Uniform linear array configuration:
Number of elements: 16
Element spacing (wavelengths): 0.5
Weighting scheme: hann
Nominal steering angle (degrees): -15
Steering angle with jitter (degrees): -13.686
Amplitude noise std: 0.05
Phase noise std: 0.05

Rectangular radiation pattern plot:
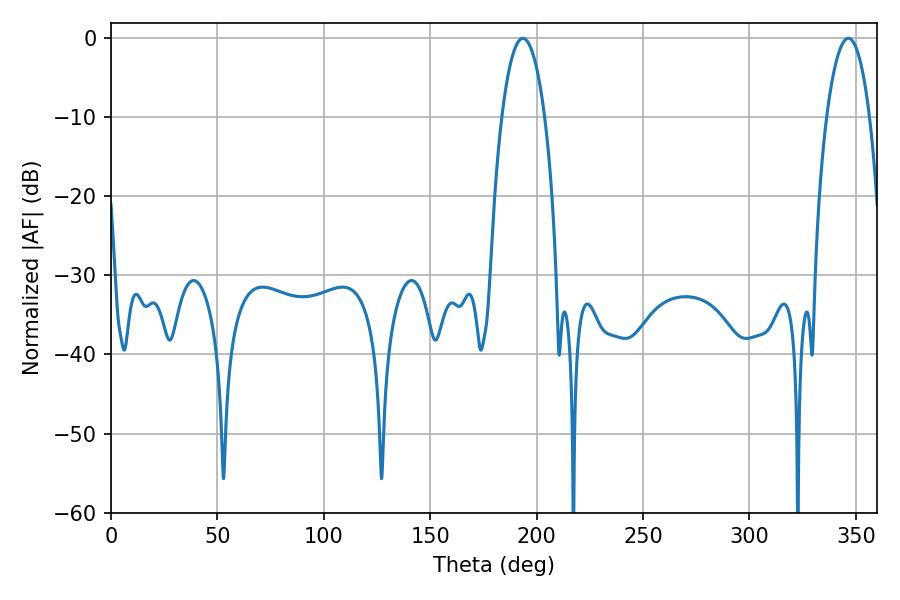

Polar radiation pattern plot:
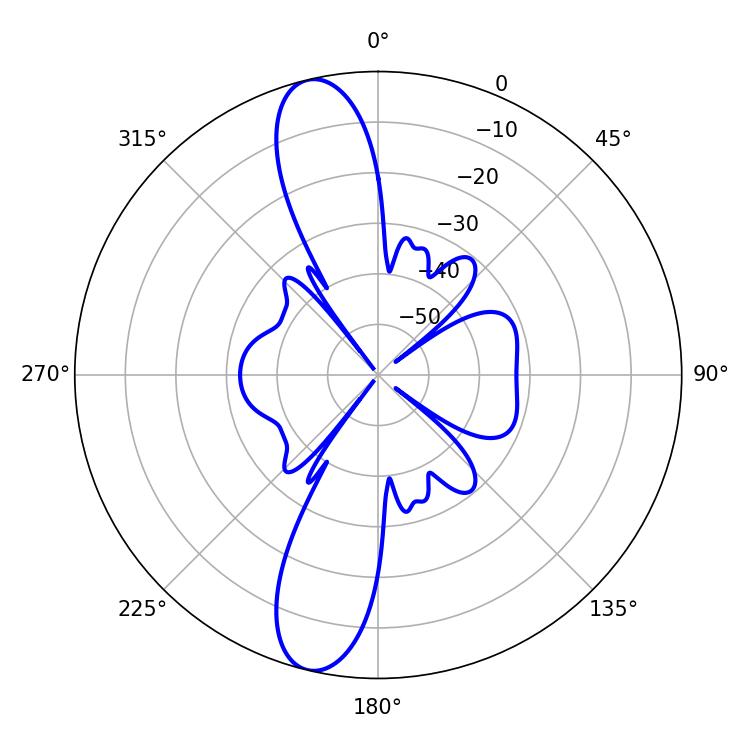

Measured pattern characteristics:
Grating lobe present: FALSE
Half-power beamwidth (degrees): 11.34
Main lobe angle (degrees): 193.5